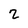
Character: 2